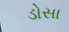
ડોસા